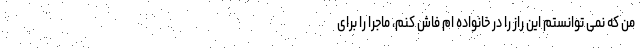
من که نمی توانستم این راز را در خانواده ام فاش کنم، ماجرا را برای